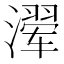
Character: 𰝍